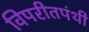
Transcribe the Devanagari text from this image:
विपरीतपंथी